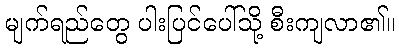
မျက်ရည်တွေ ပါးပြင်ပေါ်သို့ စီးကျလာ၏။